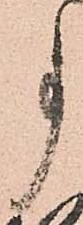
事